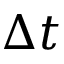
\Delta t